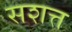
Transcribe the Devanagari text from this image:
सशत्त